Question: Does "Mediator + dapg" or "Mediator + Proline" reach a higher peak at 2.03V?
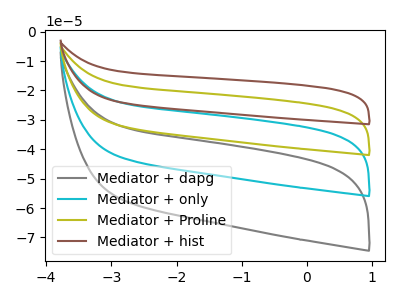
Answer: <think>The gray curve "Mediator + dapg" has no peaks. The cyan curve "Mediator + only" has no peaks. The olive curve "Mediator + Proline" has no peaks. The brown curve "Mediator + hist" has no peaks.</think>
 <answer>"Mediator + dapg" and "Mediator + Proline" dont share a peak at 2.03V.</answer>
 <eval>mismatch</eval>